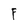
Character: F